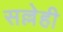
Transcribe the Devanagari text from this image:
सल्लेही